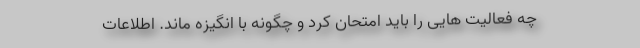
چه فعالیت هایی را باید امتحان کرد و چگونه با انگیزه ماند. اطلاعات